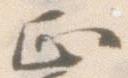
正